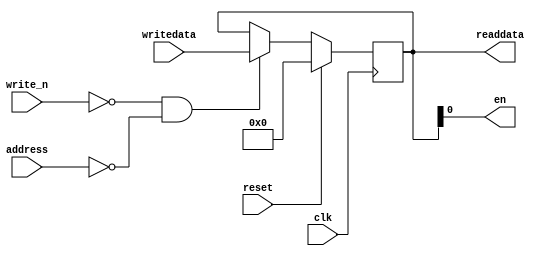
module gpio
(
	input wire clk,
	input wire reset,
	input wire write_n,
	input wire address,
	input wire[31:0] writedata,
	output wire[31:0] readdata,
	
	//signal to control
	output wire en
	
);

reg[31:0] status;

always @(posedge clk)
begin
	if( reset ) 
		status <= 0;
	else if(~write_n && address == 0)
		status <= writedata;
end

assign readdata = status;
assign en = status[0];

endmodule